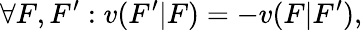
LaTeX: \forall F,F^{\prime}:v(F^{\prime}|F)=-v(F|F^{\prime}),